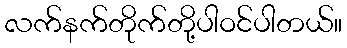
လက်နက်တိုက်တို့ပါဝင်ပါတယ်။